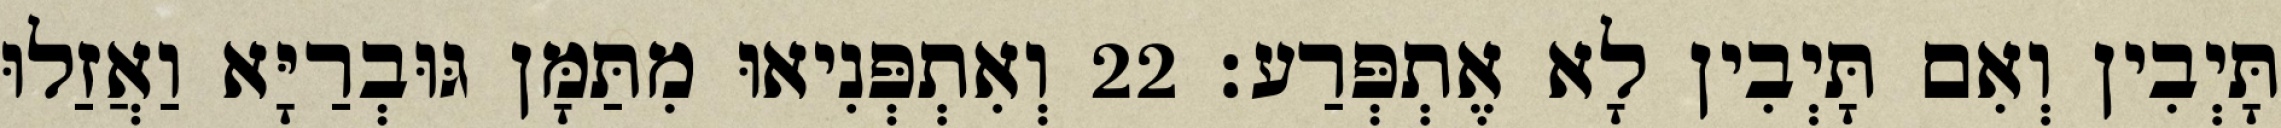
תָּיְבִין וְאִם תָּיְבִין לָא אֶתְפְּרַע׃ 22 וְאִתְפְּנִיאוּ מִתַּמָּן גּוּבְרַיָּא וַאֲזַלוּ